Lunatic asylums Bombay report 1878-1890 - 1878-1890
Year: 1878
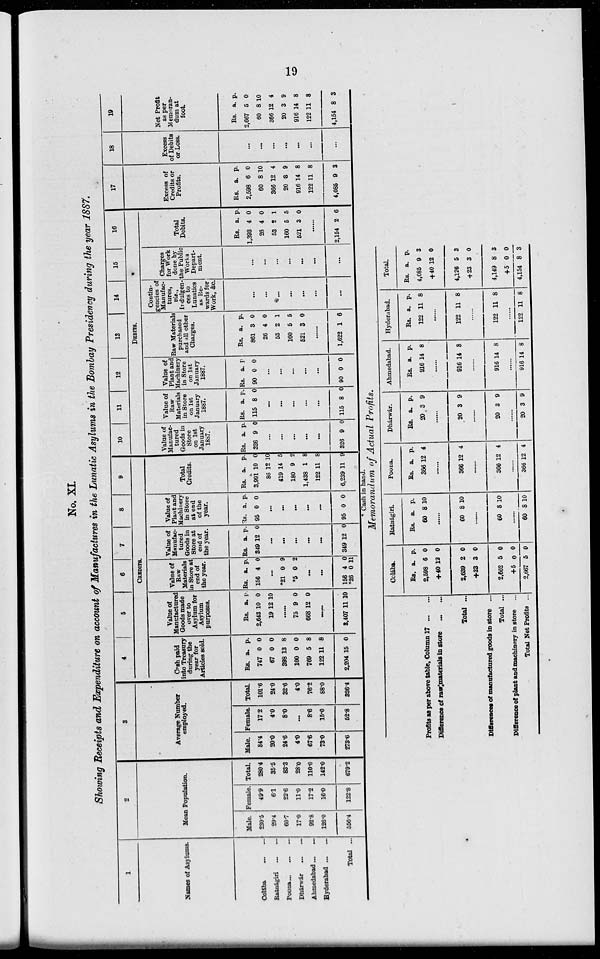
19
No. XI
Showing Receipts and Expenditure on account of Manufactures in the Lunatic Asylums in the Bombay Presidency during the year 1887.
1
Names of Asylums.
Colába
...
...
Ratnágiri ... ...
Poona...
...
Dnárwár... ...
Ahmedabad...
...
Hyderabad...
...
Total ...
2
Mean Population.
Male.
230.5
29.4
60.7
17.0
92.8
126.0
556.4
Female.
49.9
6.1
22.6
11.0
17.2
16.0
122.8
Total.
280.4
35.5
83.3
28.0
110.0
142.0
679.2
3
Average Number
employed.
Male.
84.4
20.0
24.6
4.0
67.6
73.0
273.6
Female.
17.2
4.0
8.0
...
8.6
15.0
52.8
Total.
101.6
24.0
32.6
4.0
76.2
88.0
326.4
4
5
6
7
8
9
CREDITS.
Cash paid
into Treasury
during the
year for
Articles sold.
Rs.
747
67
398
100
769
122
2,204
a.
0
0
13
0
5
11
15
p.
0
0
8
0
8
8
0
Value of
Manufactured
Goods made
over to
Asylum for
Asylum
purposes.
Rs.
2,643
19
a.
10
12
p.
0
10
......
75
668
9
12
0
0
......
8,407 11 10
Value of
Raw
Materials
in Store at
end of
the year.
Rs.
156
a.
4
p.
0
...
*21
*5
0
0
9
2
...
...
156
*26
4
0
0
11
Value of
Manufac-
tured
Goods in
Store at
end of
the year.
Rs.
349
a.
12
p.
0
...
...
...
...
...
349 12 0
Value of
Plant and
Machinery
in Store
at end
of the
year.
Rs.
95
a.
0
p.
0
...
...
...
...
...
95 0 0
Total
Credits.
Rs.
3,991
86
419
180
1,438
122
6,239
a.
10
12
14
9
1
11
11
p.
0
10
5
2
8
8
9
10
11
12
13
14
15
16
DEBITS.
Value of
Manufac-
tured
Goods in
Store
on 1st
January
1887.
Rs.
326
a.
9
p.
0
...
...
...
...
...
326 9 0
Value of
Raw
Materials
in Store
on 1st
January
1887.
Rs.
115
a.
8
p.
0
...
...
...
...
...
115 8 0
Value of
Plant and
Machinery
in Store
on 1st
January
1887.
Rs.
90
a.
0
p.
0
...
...
...
...
...
90 0 0
Raw Materials
purchased
and all other
Charges.
Rs.
861
26
53
160
521
a.
3
4
2
5
3
p.
0
0
1
5
0
...
1,622 1 6
Contin-
gencies of
Manufac-
tures,
viz.,
Indulgen-
ces to
Lunatics
as Re-
wards for
Work, &c.
...
...
...
...
...
...
...
Charges
for Work
done by
the Public
Works
Depart-
ment.
...
...
...
...
...
...
...
Total
Debits.
Rs.
1,393
26
53
160
521
a.
4
4
2
5
3
p.
0
0
1
5
0
...
2,154 2 6
17
Excess of
Credits or
Profits.
Rs.
2,598
60
366
20
916
122
4,085
a.
6
8
12
8
14
11
9
p.
0
10
4
9
8
8
3
18
Excess
of Debits
or Loss.
...
...
...
...
...
...
...
19
Net Profit
as per
Memoran-
dum at
foot
Rs.
2,667
60
366
20
916
122
4,154
a
6
8
12
3
14
11
8
p.
0
10
4
9
8
8
3
* Cash in hand.
Memorandum of Actual Profits.
Profits as per above table, Column 17 ... ...
Difference of raw materials in store
...
...
Total ...
Differences of manufactured goods in store ...
Total ...
Difference of plant and machinery in store ...
Total Net Profits ...
Colába.
Rs.
2,598
+40
2,639
+23
2,662
+5
2,667
a.
6
12
2
3
5
0
5
p.
0
0
0
0
0
0
0
Ratnágiri.
Rs.
60
a.
8
p.
10
......
60 8 10
......
60 8 10
......
60 8 10
Poona.
Rs.
366
a.
12
p.
4
......
366 12 4
......
366 12 4
......
366 12 4
Dhárwár.
Rs.
20
a.
3
p.
9
......
20 3 9
......
20 3 9
......
20 3 9
Ahmedabad.
Rs.
916
a.
14
p.
8
......
916 14 8
......
916 14 8
......
916 14 8
Hyderabad.
Rs.
122
a.
11
p.
8
......
122 11 8
......
122 11 8
......
122 11 8
Total.
Rs.
4,085
+40
4,126
+23
4,149
+5
4,154
a.
9
12
5
3
8
0
8
p.
3
0
3
0
3
0
3